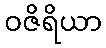
ဝဇိရိယာ